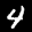
Label: 4